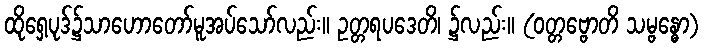
ထိုရှေ့ပုဒ်၌သာဟောတော်မူအပ်သော်လည်း။ ဥတ္တရပဒေတိ၊ ၌လည်း။ (ဝတ္တဗ္ဗောတိ သမ္ဗန္ဓော)